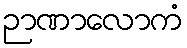
ဉာဏာလောကံ